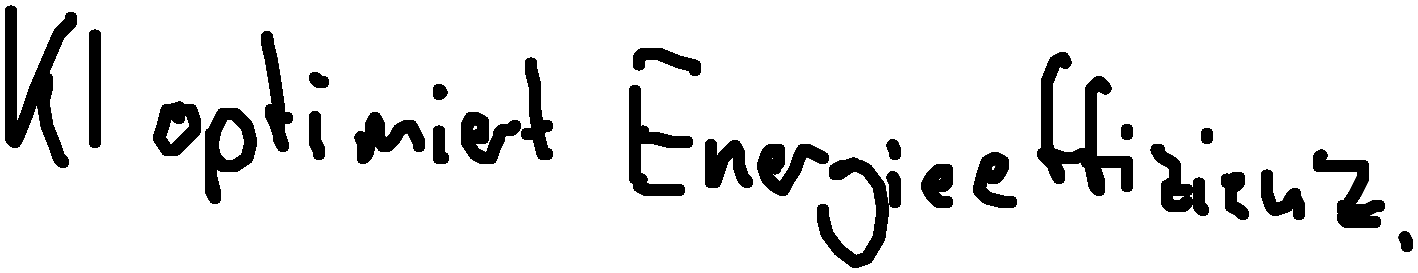
KI optimiert Energieeffizienz.